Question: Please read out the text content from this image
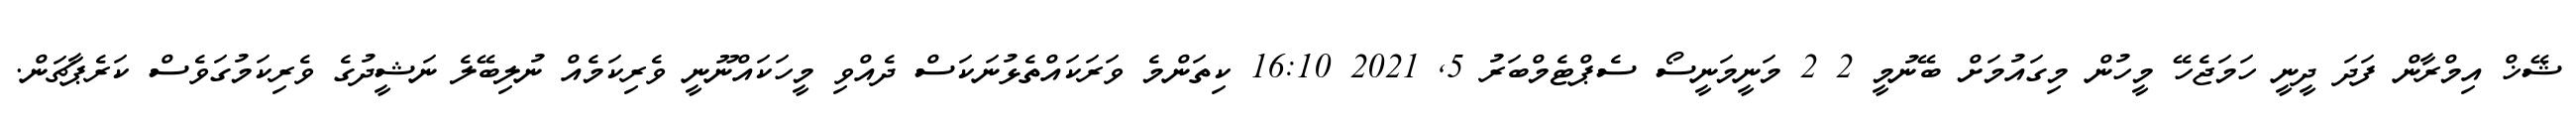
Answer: ޝޭޚް އިމްރާން ފަދަ ދީނީ ހަމަޖެހޭ މީހުން މިގައުމަށް ބޭނުމީ 2 2 މަނީމަނީސޯ ސެޕްޓެމްބަރު 5, 2021 16:10 ކިތަންމެ ވަރަކައްތެޅުނަކަސް ދެއްވި މީހަކައްނޫނީ ވެރިކަމެއް ނުލިބޭލެ ނަޝީދުގެ ވެރިކަމުގަވެސް ކަރެޕާޗަން.